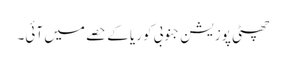
چھٹی پوزیشن جنوبی کوریا کے حصے میں آئی۔